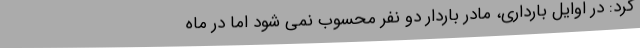
کرد: در اوایل بارداری، مادر باردار دو نفر محسوب نمی شود اما در ماه